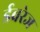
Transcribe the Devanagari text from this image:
ईवरेज